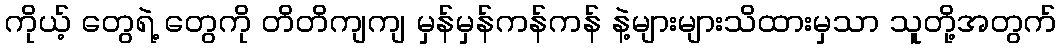
ကိုယ့် တွေရဲ့ တွေကို တိတိကျကျ မှန်မှန်ကန်ကန် နဲ့များများသိထားမှသာ သူတို့အတွက်